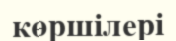
көршілері